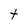
Character: t